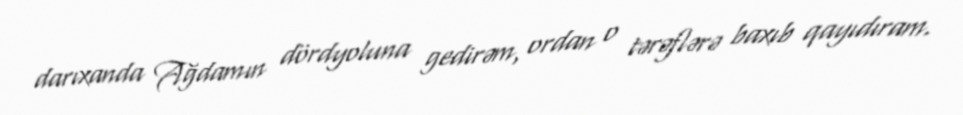
darıxanda Ağdamın dördyoluna gedirəm, ordan o tərəflərə baxıb qayıdıram.